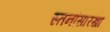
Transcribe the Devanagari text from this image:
स्तनांसारखा